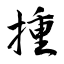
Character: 揰